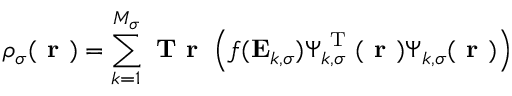
\rho _ { \sigma } ( \boldsymbol { \textbf { r } } ) = \sum _ { k = 1 } ^ { M _ { \sigma } } \textbf { T r } \left( f ( \mathbf { E } _ { k , \sigma } ) \boldsymbol { \Psi } _ { k , \sigma } ^ { \mathrm { ~ T ~ } } ( \boldsymbol { \textbf { r } } ) \boldsymbol { \Psi } _ { k , \sigma } ( \boldsymbol { \textbf { r } } ) \right)